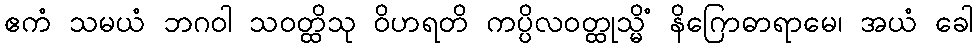
ဧကံ သမယံ ဘဂဝါ သဝတ္ထိသု ဝိဟရတိ ကပ္ပိလဝတ္ထုသ္မိံ နိဂြောဓာရာမေ၊ အယံ ခေါ